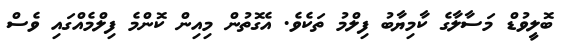
ބޮލީވުޑް މަސާލާގެ ކާމިޔާބު ފިލްމު ތަކެވެ. އެގޮތުން މިއިން ކޮންމެ ފިލްމެއްގައި ވެސް